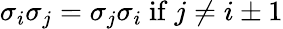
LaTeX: \sigma_{i}\sigma_{j}=\sigma_{j}\sigma_{i}{\mathrm{~if~}}j\neq i\pm 1